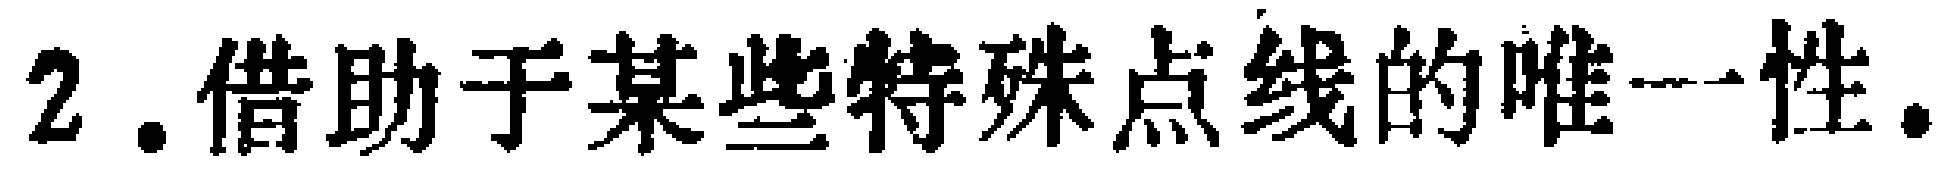
2. 借助于某些特殊点线的唯一性.